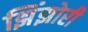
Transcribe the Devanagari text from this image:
झिंझोरी